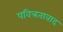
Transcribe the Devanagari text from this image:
पवित्रतावाद